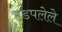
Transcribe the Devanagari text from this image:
हडपलेले